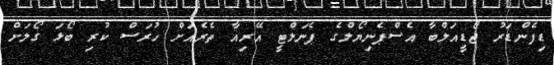
ޑިފެންޑަރު ޖޯޑީއަލްބާ އެސްޕެނިޔޯލްގެ ޕެނަލްޓީ އޭރިއާ ތެރެއަށް ހުރަސް ކުރި ބޯޅަ ގޯލަށް